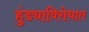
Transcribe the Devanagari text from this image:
हुंड्याविरोधात